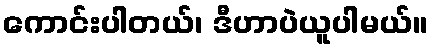
ကောင်းပါတယ်၊ ဒီဟာပဲယူပါမယ်။